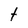
Character: t